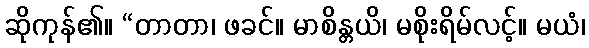
ဆိုကုန်၏။ “တာတာ၊ ဖခင်။ မာစိန္တယိ၊ မစိုးရိမ်လင့်။ မယံ၊